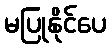
မပြုနိုင်ပေ